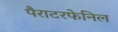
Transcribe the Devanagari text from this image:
पैराटरफेनिल